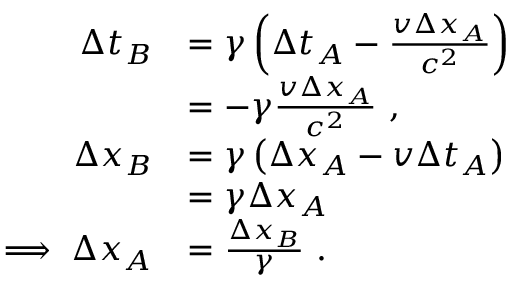
\begin{array} { r l } { \Delta t _ { B } } & { = \gamma \left( \Delta t _ { A } - \frac { v \Delta x _ { A } } { c ^ { 2 } } \right) } \\ & { = - \gamma \frac { v \Delta x _ { A } } { c ^ { 2 } } ~ , } \\ { \Delta x _ { B } } & { = \gamma \left( \Delta x _ { A } - v \Delta t _ { A } \right) } \\ & { = \gamma \Delta x _ { A } } \\ { \implies \Delta x _ { A } } & { = \frac { \Delta x _ { B } } { \gamma } ~ . } \end{array}